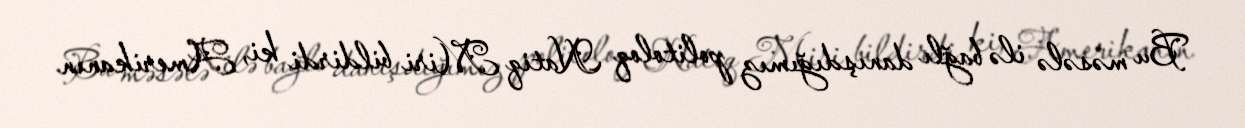
Bu məsələ ilə bağlı danışdığımız politoloq Natiq Miri bildirdi ki, Amerikanın